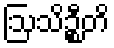
ဩသိဉ္စီတိ